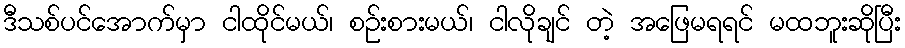
ဒီသစ်ပင်အောက်မှာ ငါထိုင်မယ်၊ စဉ်းစားမယ်၊ ငါလိုချင် တဲ့ အဖြေမရရင် မထဘူးဆိုပြီး